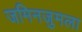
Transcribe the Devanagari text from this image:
जमिनजुमला